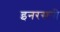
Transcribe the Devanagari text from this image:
इनरसनी